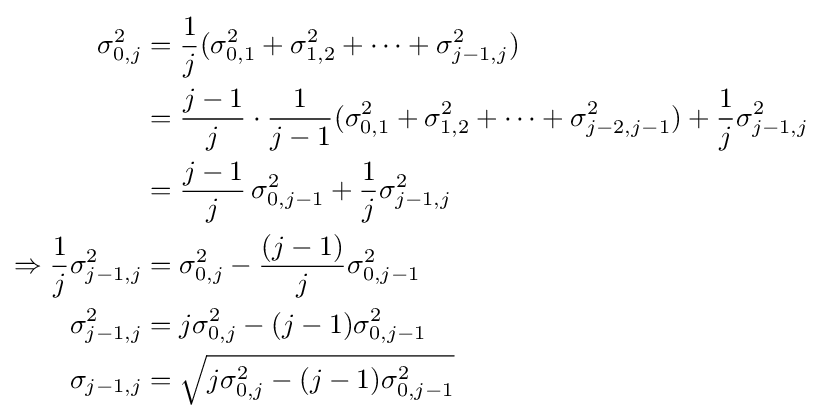
{\begin{aligned}\sigma _{0,j}^{2}&={\frac {1}{j}}(\sigma _{0,1}^{2}+\sigma _{1,2}^{2}+\cdots +\sigma _{j-1,j}^{2})\\&={\frac {j-1}{j}}\cdot {\frac {1}{j-1}}(\sigma _{0,1}^{2}+\sigma _{1,2}^{2}+\cdots +\sigma _{j-2,j-1}^{2})+{\frac {1}{j}}\sigma _{j-1,j}^{2}\\&={\frac {j-1}{j}}\,\sigma _{0,j-1}^{2}+{\frac {1}{j}}\sigma _{j-1,j}^{2}\\\Rightarrow {\frac {1}{j}}\sigma _{j-1,j}^{2}&=\sigma _{0,j}^{2}-{\frac {(j-1)}{j}}\sigma _{0,j-1}^{2}\\\sigma _{j-1,j}^{2}&=j\sigma _{0,j}^{2}-(j-1)\sigma _{0,j-1}^{2}\\\sigma _{j-1,j}&={\sqrt {j\sigma _{0,j}^{2}-(j-1)\sigma _{0,j-1}^{2}}}\end{aligned}}